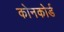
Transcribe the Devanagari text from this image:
कोनकोर्ड